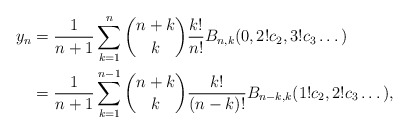
\begin{align*} y_n &=\frac{1}{n+1} \sum_{k=1}^{n} \binom{n+k}{k}\frac{k!}{n!} B_{n,k}(0,2!c_2,3!c_3\dots) \\ &=\frac{1}{n+1} \sum_{k=1}^{n-1} \binom{n+k}{k}\frac{k!}{(n-k)!} B_{n-k,k}(1!c_2,2!c_3\dots),\end{align*}